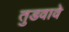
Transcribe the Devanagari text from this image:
तुडवावे